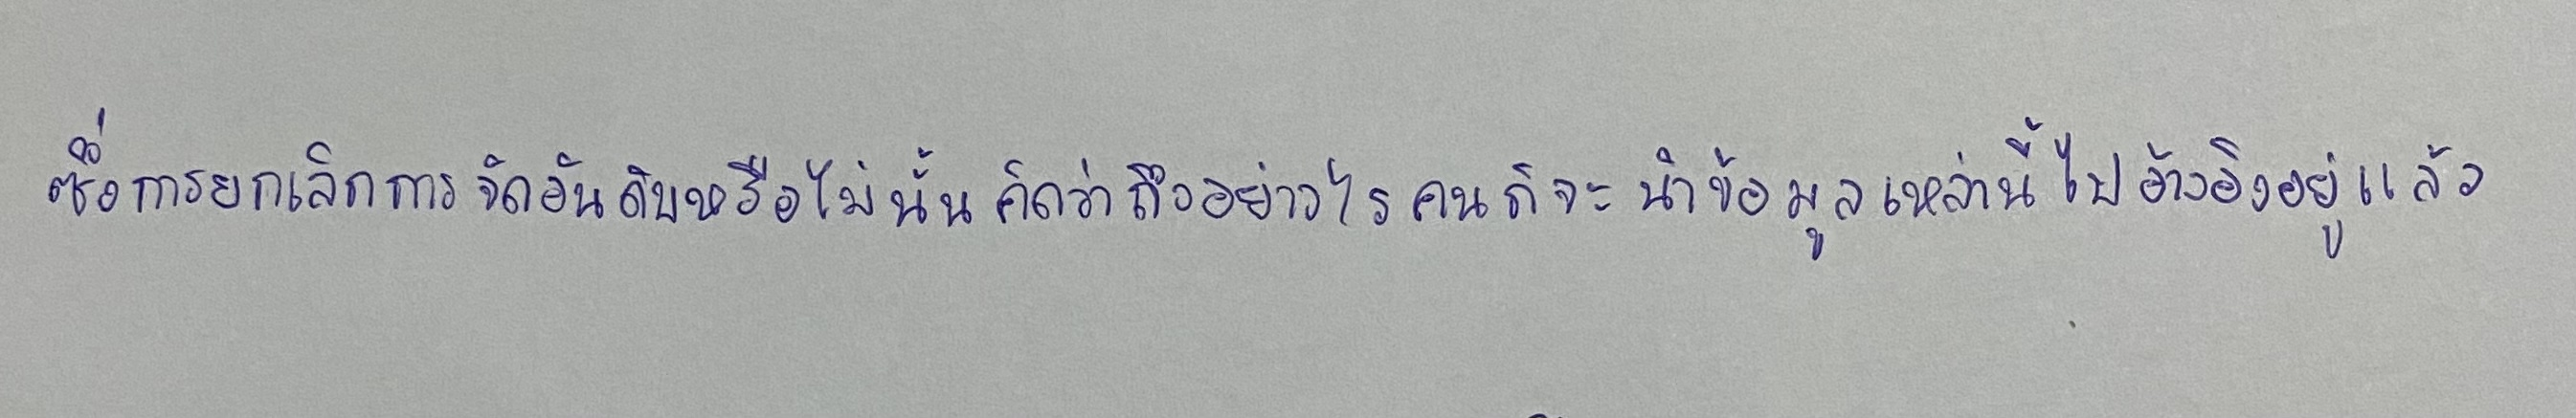
ซึ่งการยกเลิกการจัดอันดับหรือไม่นั้นคิดว่าถึงอย่างไรคนก็จะนำข้อมูลเหล่านี้ไปอ้างอิงอยู่แล้ว